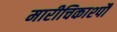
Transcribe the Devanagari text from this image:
मारीचिकाश्पौ